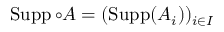
\operatorname { S u p p } \circ A = ( \operatorname { S u p p } ( A _ { i } ) ) _ { i \in { I } }